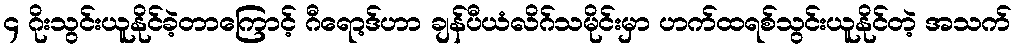
၄ ဂိုးသွင်းယူနိုင်ခဲ့တာကြောင့် ဂီရော့ဒ်ဟာ ချန်ပီယံလိဂ်သမိုင်းမှာ ဟက်ထရစ်သွင်းယူနိုင်တဲ့ အသက်